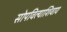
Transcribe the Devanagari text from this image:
सोपविल्याशिवाय